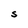
Character: S